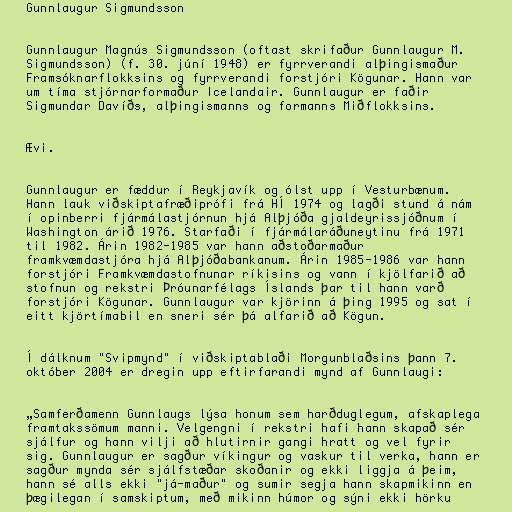
Gunnlaugur Sigmundsson

Gunnlaugur Magnús Sigmundsson (oftast skrifaður Gunnlaugur M.
Sigmundsson) (f. 30. júní 1948) er fyrrverandi alþingismaður
Framsóknarflokksins og fyrrverandi forstjóri Kögunar. Hann var
um tíma stjórnarformaður Icelandair. Gunnlaugur er faðir
Sigmundar Davíðs, alþingismanns og formanns Miðflokksins.

Ævi.

Gunnlaugur er fæddur í Reykjavík og ólst upp í Vesturbænum.
Hann lauk viðskiptafræðiprófi frá HÍ 1974 og lagði stund á nám
í opinberri fjármálastjórnun hjá Alþjóða gjaldeyrissjóðnum í
Washington árið 1976. Starfaði í fjármálaráðuneytinu frá 1971
til 1982. Árin 1982-1985 var hann aðstoðarmaður
framkvæmdastjóra hjá Alþjóðabankanum. Árin 1985-1986 var hann
forstjóri Framkvæmdastofnunar ríkisins og vann í kjölfarið að
stofnun og rekstri Þróunarfélags Íslands þar til hann varð
forstjóri Kögunar. Gunnlaugur var kjörinn á þing 1995 og sat í
eitt kjörtímabil en sneri sér þá alfarið að Kögun.

Í dálknum "Svipmynd" í viðskiptablaði Morgunblaðsins þann 7.
október 2004 er dregin upp eftirfarandi mynd af Gunnlaugi:

„Samferðamenn Gunnlaugs lýsa honum sem harðduglegum, afskaplega
framtakssömum manni. Velgengni í rekstri hafi hann skapað sér
sjálfur og hann vilji að hlutirnir gangi hratt og vel fyrir
sig. Gunnlaugur er sagður víkingur og vaskur til verka, hann er
sagður mynda sér sjálfstæðar skoðanir og ekki liggja á þeim,
hann sé alls ekki "já-maður" og sumir segja hann skapmikinn en
þægilegan í samskiptum, með mikinn húmor og sýni ekki hörku